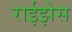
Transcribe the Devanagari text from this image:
राईझेस